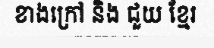
ខាងក្រៅ និង ជួយ ខ្មែរ